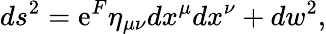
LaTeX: ds^{2}=\mathrm{e}^{F}\eta_{\mu\nu}dx^{\mu}dx^{\nu}+dw^{2},